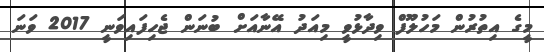
މީގެ އިތުރުން މަހުލޫފް ވިދާޅުވީ މިއަދު އޭނާއަށް ބުނަން ޖެހިފައިވަނީ 2017 ވަނަ